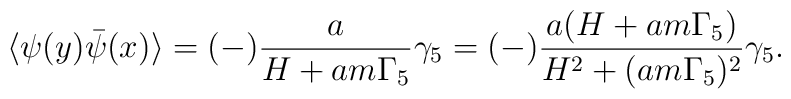
\langle\psi(y)\bar{\psi}(x)\rangle=(-)\frac{a}{H+am\Gamma_{5}}\gamma_{5}=(-)\frac{a(H+am\Gamma_{5})}{H^{2}+(am\Gamma_{5})^{2}}\gamma_{5}.